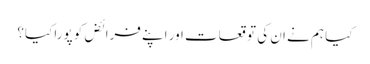
کیا ہم نے ان کی توقعات اور اپنے فرائض کو پورا کیا؟